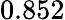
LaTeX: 0.852